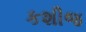
કશીજ